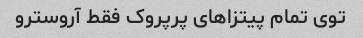
توی تمام پیتزا‌های پرپروک فقط آروسترو